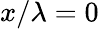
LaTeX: x/\lambda=0